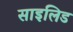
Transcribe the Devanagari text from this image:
साइलिड